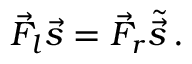
\vec { F } _ { l } \vec { s } = \vec { F } _ { r } \tilde { \vec { s } } \, .